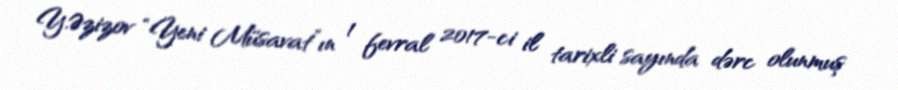
Y.Əzizov “Yeni Müsavat”ın 1 fevral 2017-ci il tarixli sayında dərc olunmuş